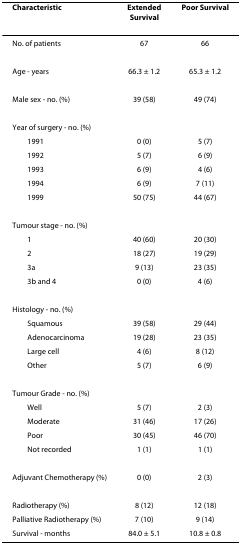
<table><thead><tr><td><b>Characteristic</b></td><td><b>Extended Survival</b></td><td><b>Poor Survival</b></td></tr></thead><tbody><tr><td>No. of patients</td><td>67</td><td>66</td></tr><tr><td>Age - years</td><td>66.3 ± 1.2</td><td>65.3 ± 1.2</td></tr><tr><td>Male sex - no. (%)</td><td>39 (58)</td><td>49 (74)</td></tr><tr><td>Year of surgery - no. (%)</td><td></td><td></td></tr><tr><td> 1991</td><td>0 (0)</td><td>5 (7)</td></tr><tr><td> 1992</td><td>5 (7)</td><td>6 (9)</td></tr><tr><td> 1993</td><td>6 (9)</td><td>4 (6)</td></tr><tr><td> 1994</td><td>6 (9)</td><td>7 (11)</td></tr><tr><td> 1999</td><td>50 (75)</td><td>44 (67)</td></tr><tr><td>Tumour stage - no. (%)</td><td></td><td></td></tr><tr><td> 1</td><td>40 (60)</td><td>20 (30)</td></tr><tr><td> 2</td><td>18 (27)</td><td>19 (29)</td></tr><tr><td> 3a</td><td>9 (13)</td><td>23 (35)</td></tr><tr><td> 3b and 4</td><td>0 (0)</td><td>4 (6)</td></tr><tr><td>Histology - no. (%)</td><td></td><td></td></tr><tr><td> Squamous</td><td>39 (58)</td><td>29 (44)</td></tr><tr><td> Adenocarcinoma</td><td>19 (28)</td><td>23 (35)</td></tr><tr><td> Large cell</td><td>4 (6)</td><td>8 (12)</td></tr><tr><td> Other</td><td>5 (7)</td><td>6 (9)</td></tr><tr><td>Tumour Grade - no. (%)</td><td></td><td></td></tr><tr><td> Well</td><td>5 (7)</td><td>2 (3)</td></tr><tr><td> Moderate</td><td>31 (46)</td><td>17 (26)</td></tr><tr><td> Poor</td><td>30 (45)</td><td>46 (70)</td></tr><tr><td> Not recorded</td><td>1 (1)</td><td>1 (1)</td></tr><tr><td>Adjuvant Chemotherapy (%)</td><td>0 (0)</td><td>2 (3)</td></tr><tr><td>Radiotherapy (%)</td><td>8 (12)</td><td>12 (18)</td></tr><tr><td>Palliative Radiotherapy (%)</td><td>7 (10)</td><td>9 (14)</td></tr><tr><td>Survival - months</td><td>84.0 ± 5.1</td><td>10.8 ± 0.8</td></tr></tbody></table>